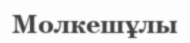
Молкешұлы